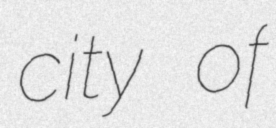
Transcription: city of